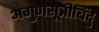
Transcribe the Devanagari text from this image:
अगुणसूत्रीबिंदु